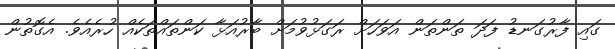
ގައި ފާރުގަނޑު ފަދަ ތަންތަން އަވަހަށް ރަގަޅުވުމަށް ބާރުއަޅާ ކަންތައްތަކެއް ހުރެއެވެ. އެގޮތުން